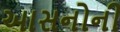
આસનોની